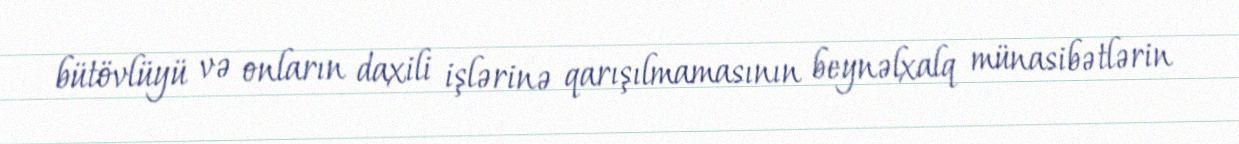
bütövlüyü və onların daxili işlərinə qarışılmamasının beynəlxalq münasibətlərin